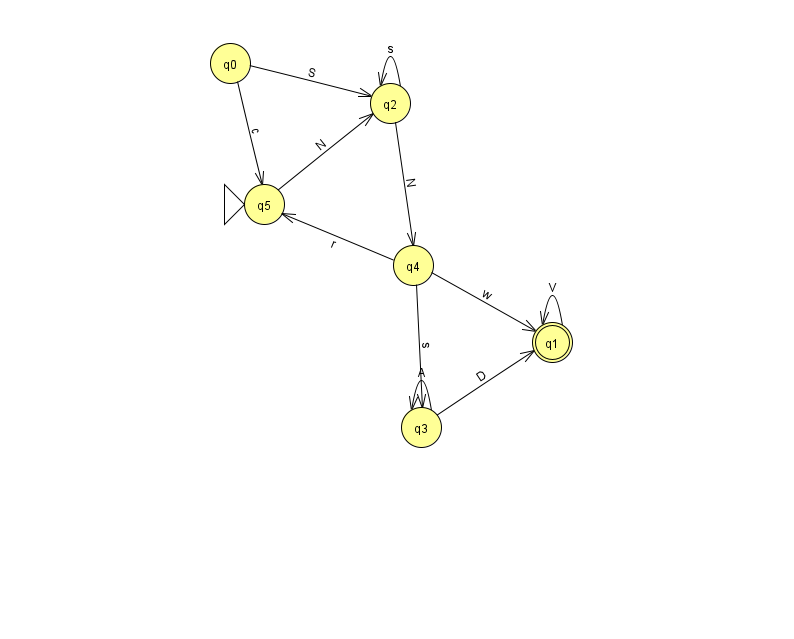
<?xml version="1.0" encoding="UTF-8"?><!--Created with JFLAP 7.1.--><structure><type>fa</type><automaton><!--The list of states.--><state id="0" name="q0"><x>230.0</x><y>50.0</y></state><state id="1" name="q1"><x>552.0</x><y>329.0</y><final/></state><state id="2" name="q2"><x>390.0</x><y>90.0</y></state><state id="3" name="q3"><x>421.0</x><y>414.0</y></state><state id="4" name="q4"><x>413.0</x><y>252.0</y></state><state id="5" name="q5"><x>264.0</x><y>191.0</y><initial/></state><!--The list of transitions.--><transition><from>3</from><to>3</to><read>A</read></transition><transition><from>2</from><to>2</to><read>s</read></transition><transition><from>3</from><to>1</to><read>D</read></transition><transition><from>1</from><to>1</to><read>V</read></transition><transition><from>2</from><to>4</to><read>N</read></transition><transition><from>4</from><to>5</to><read>r</read></transition><transition><from>4</from><to>3</to><read>s</read></transition><transition><from>0</from><to>5</to><read>c</read></transition><transition><from>5</from><to>2</to><read>N</read></transition><transition><from>0</from><to>2</to><read>S</read></transition><transition><from>4</from><to>1</to><read>w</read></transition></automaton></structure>